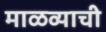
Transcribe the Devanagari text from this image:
माळव्याची